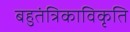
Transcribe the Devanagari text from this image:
बहुतंत्रिकाविकृति